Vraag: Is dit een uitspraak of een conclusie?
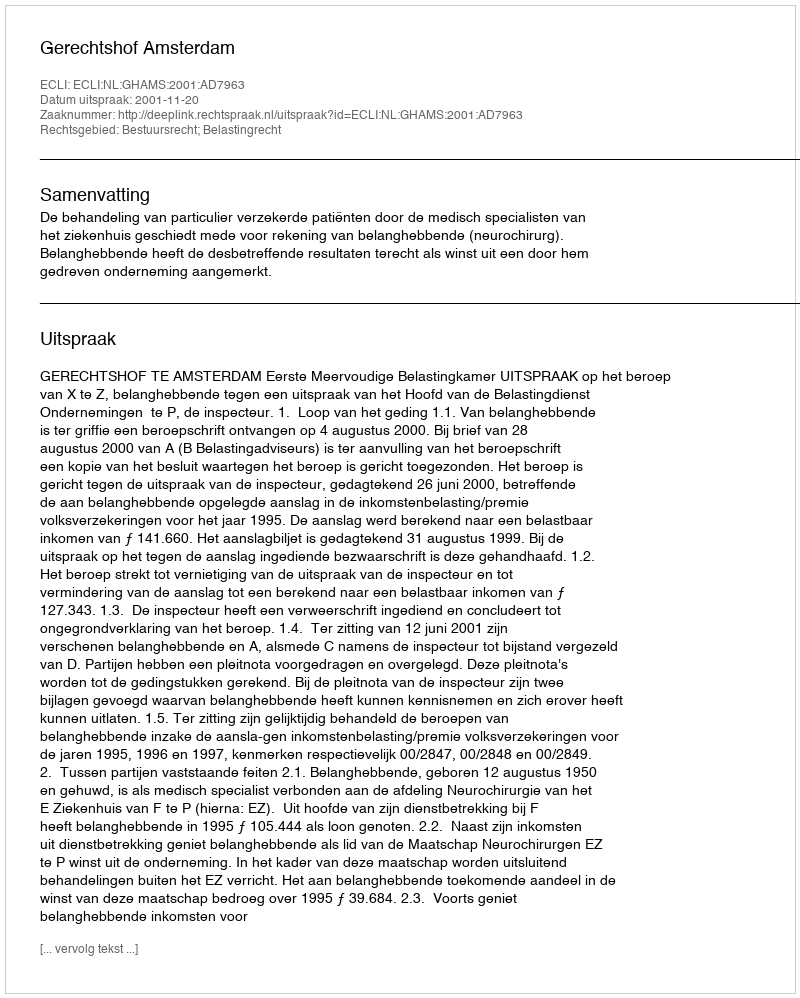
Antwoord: Uitspraak